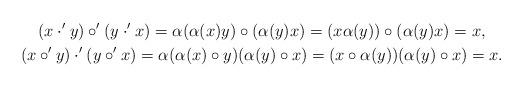
LaTeX: \begin{gather*}(x\cdot^{\prime}y)\circ^{\prime}(y\cdot^{\prime}x)=\alpha(\alpha(x)y)\circ(\alpha(y)x)=(x\alpha(y))\circ(\alpha(y)x)=x,\\(x\circ^{\prime}y)\cdot^{\prime}(y\circ^{\prime}x)=\alpha(\alpha(x)\circ y)(\alpha(y)\circ x)=(x\circ\alpha(y))(\alpha(y)\circ x)=x.\end{gather*}